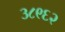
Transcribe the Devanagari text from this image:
३८९६२